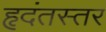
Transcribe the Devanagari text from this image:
हृदंतस्तर